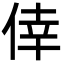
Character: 倖